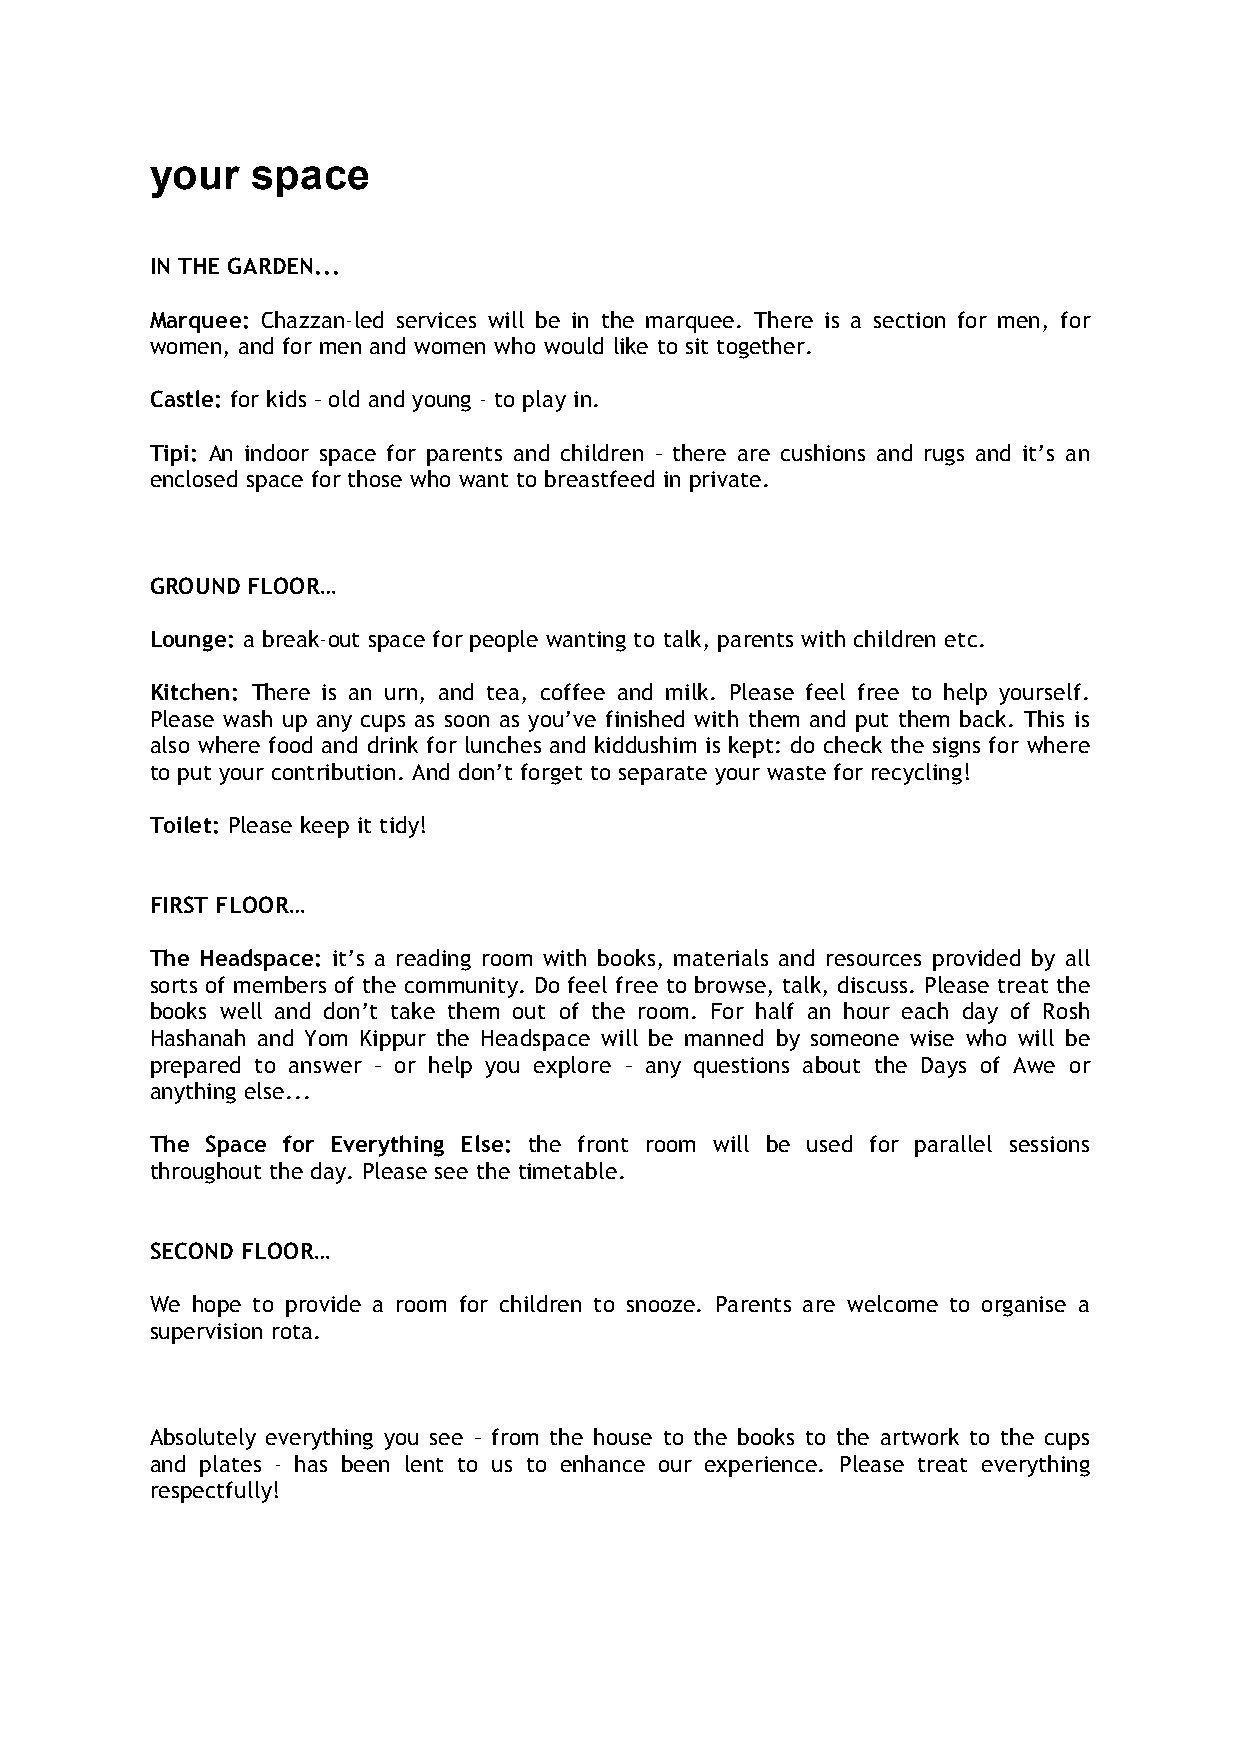
your   space
 IN THE GARDEN...
 Marquee: Chazzan-led services will be in the marquee. There is a section for men, for
 women, and for men and women who would like to sit together.
 Castle: for kids – old and young - to play in.
 Tipi: An indoor space for parents and children – there are cushions and rugs and it’s an
 enclosed space for those who want to breastfeed in private.
 GROUND FLOOR…
 Lounge: a break-out space for people wanting to talk, parents with children etc.
 Kitchen: There is an urn, and tea, coffee and milk. Please feel free to help yourself.
 Please wash up any cups as soon as you’ve finished with them and put them back. This is
 also where food and drink for lunches and kiddushim is kept: do check the signs for where
 to put your contribution. And don’t forget to separate your waste for recycling!
 Toilet: Please keep it tidy!
 FIRST FLOOR…
 The Headspace: it’s a reading room with books, materials and resources provided by all
 sorts of members of the community. Do feel free to browse, talk, discuss. Please treat the
 books well and don’t take them out of the room. For half an hour each day of Rosh
 Hashanah and Yom Kippur the Headspace will be manned by someone wise who will be
 prepared to answer – or help you explore – any questions about the Days of Awe or
 anything else...
 The Space for Everything Else: the front room will be used for parallel sessions
 throughout the day. Please see the timetable.
 SECOND FLOOR…
 We hope to provide a room for children to snooze. Parents are welcome to organise a
 supervision rota.
 Absolutely everything you see – from the house to the books to the artwork to the cups
 and plates - has been lent to us to enhance our experience. Please treat everything
 respectfully!